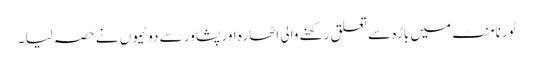
ٹورنامنٹ میں باڑہ سے تعلق رکھنے والی اٹھارہ اور پشاور سے دو ٹیموں نے حصہ لیا ۔